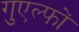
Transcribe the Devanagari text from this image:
गुएल्फों